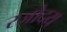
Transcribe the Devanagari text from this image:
रजोदय